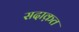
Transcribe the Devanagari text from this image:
सदाक़त